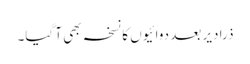
ذرا دیر بعد دوائیوں کا نسخہ بھی آ گیا۔